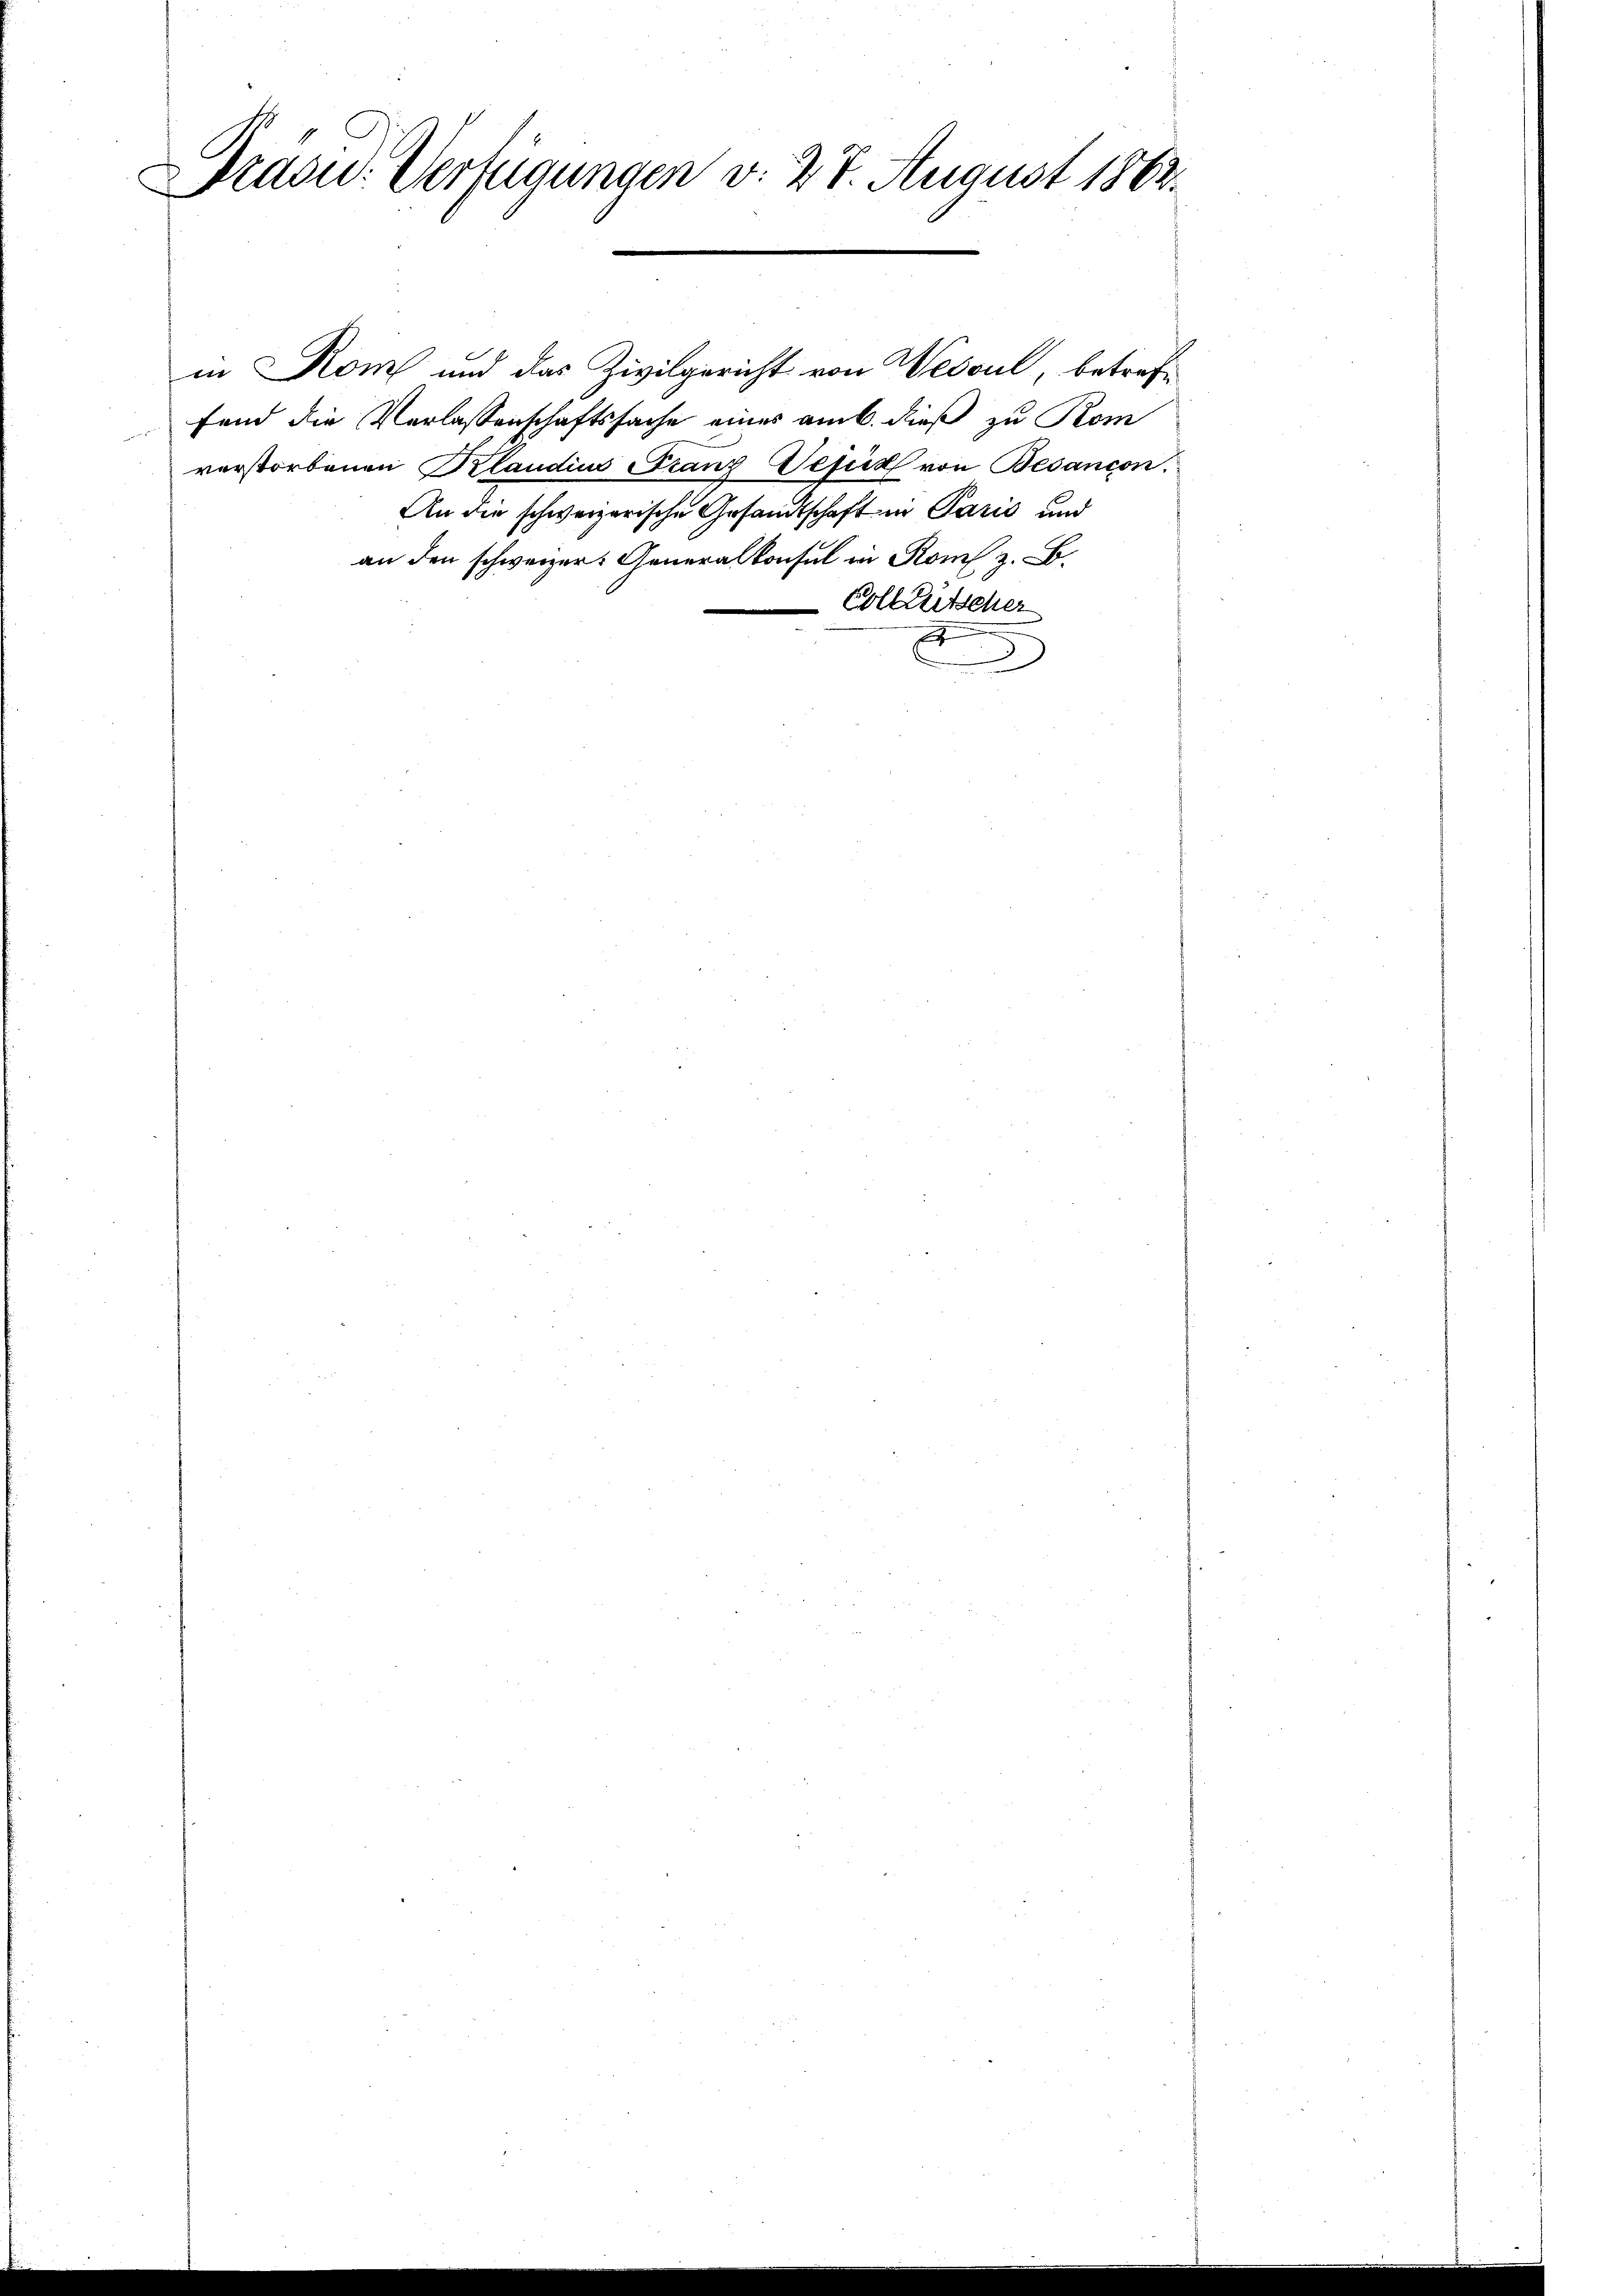
Präsid. Verfügungen v. 27. August 1802.

in Rom und das Zivilgericht von Wescul, betreffend die Verlassenschaftssache eines am 6. dieß zu Rom
verstorbenen Klaudine Franz Defin von Besancon.
An die schweizerische Gesandtschaft in Paris und
an den schweizer. Generalkonsul in Rom z. B.
-Collaritscher
A